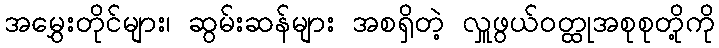
အမွှေးတိုင်များ၊ ဆွမ်းဆန်များ အစရှိတဲ့ လှူဖွယ်ဝတ္ထုအစုစုတို့ကို